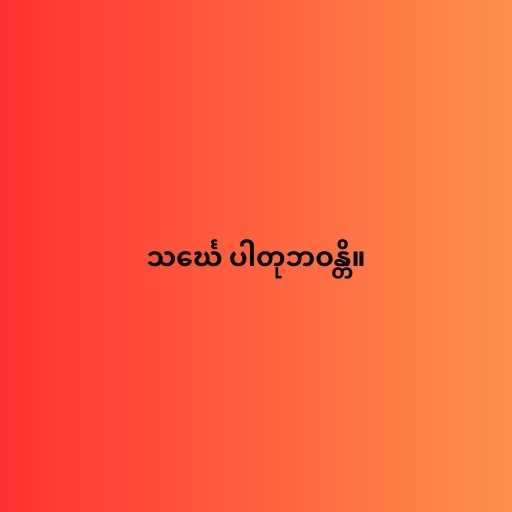
သင်္ဃေ ပါတုဘဝန္တိ။